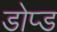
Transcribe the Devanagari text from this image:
डोप्ड